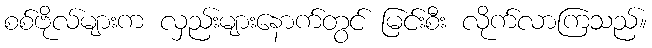
စစ်ဗိုလ်များက လှည်းများနောက်တွင် မြင်းစီး လိုက်လာကြသည်။